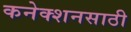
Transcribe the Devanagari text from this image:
कनेक्शनसाठी